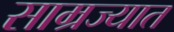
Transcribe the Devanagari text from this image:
साम्रज्यात